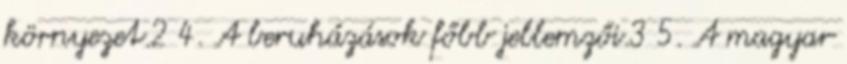
környezet.2 4. A beruházások főbb jellemzői.3 5. A magyar